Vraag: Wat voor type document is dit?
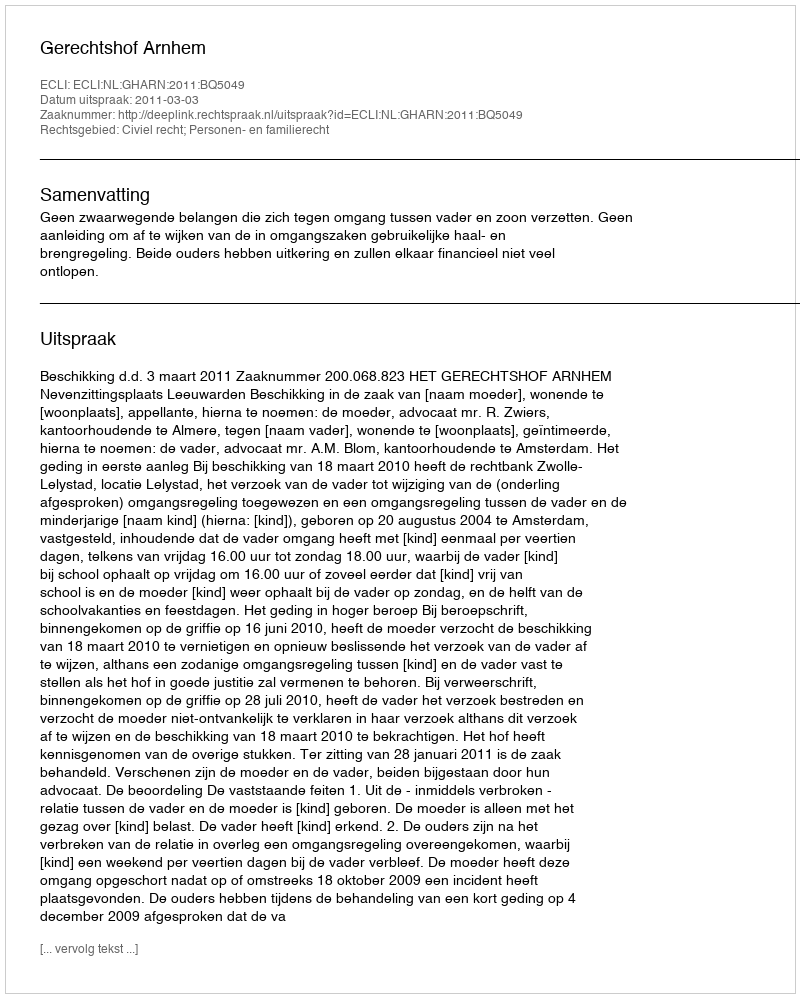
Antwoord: Uitspraak